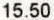
15.50